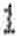
1